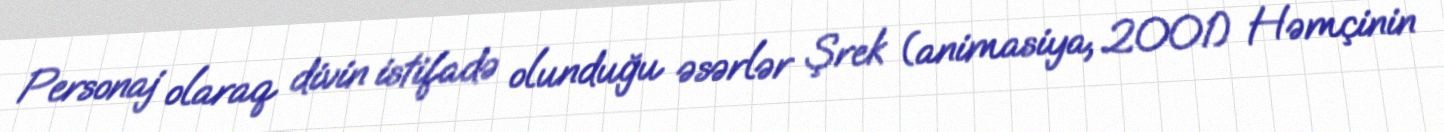
Personaj olaraq divin istifadə olunduğu əsərlər Şrek (animasiya, 2001) Həmçinin